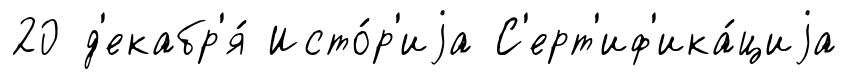
20 д'екабр'я́ Исто́р'иjа С'ерт'иф'ика́циjа